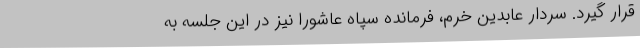
قرار گیرد. سردار عابدین خرم، فرمانده سپاه عاشورا نیز در این جلسه به